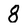
Character: 8